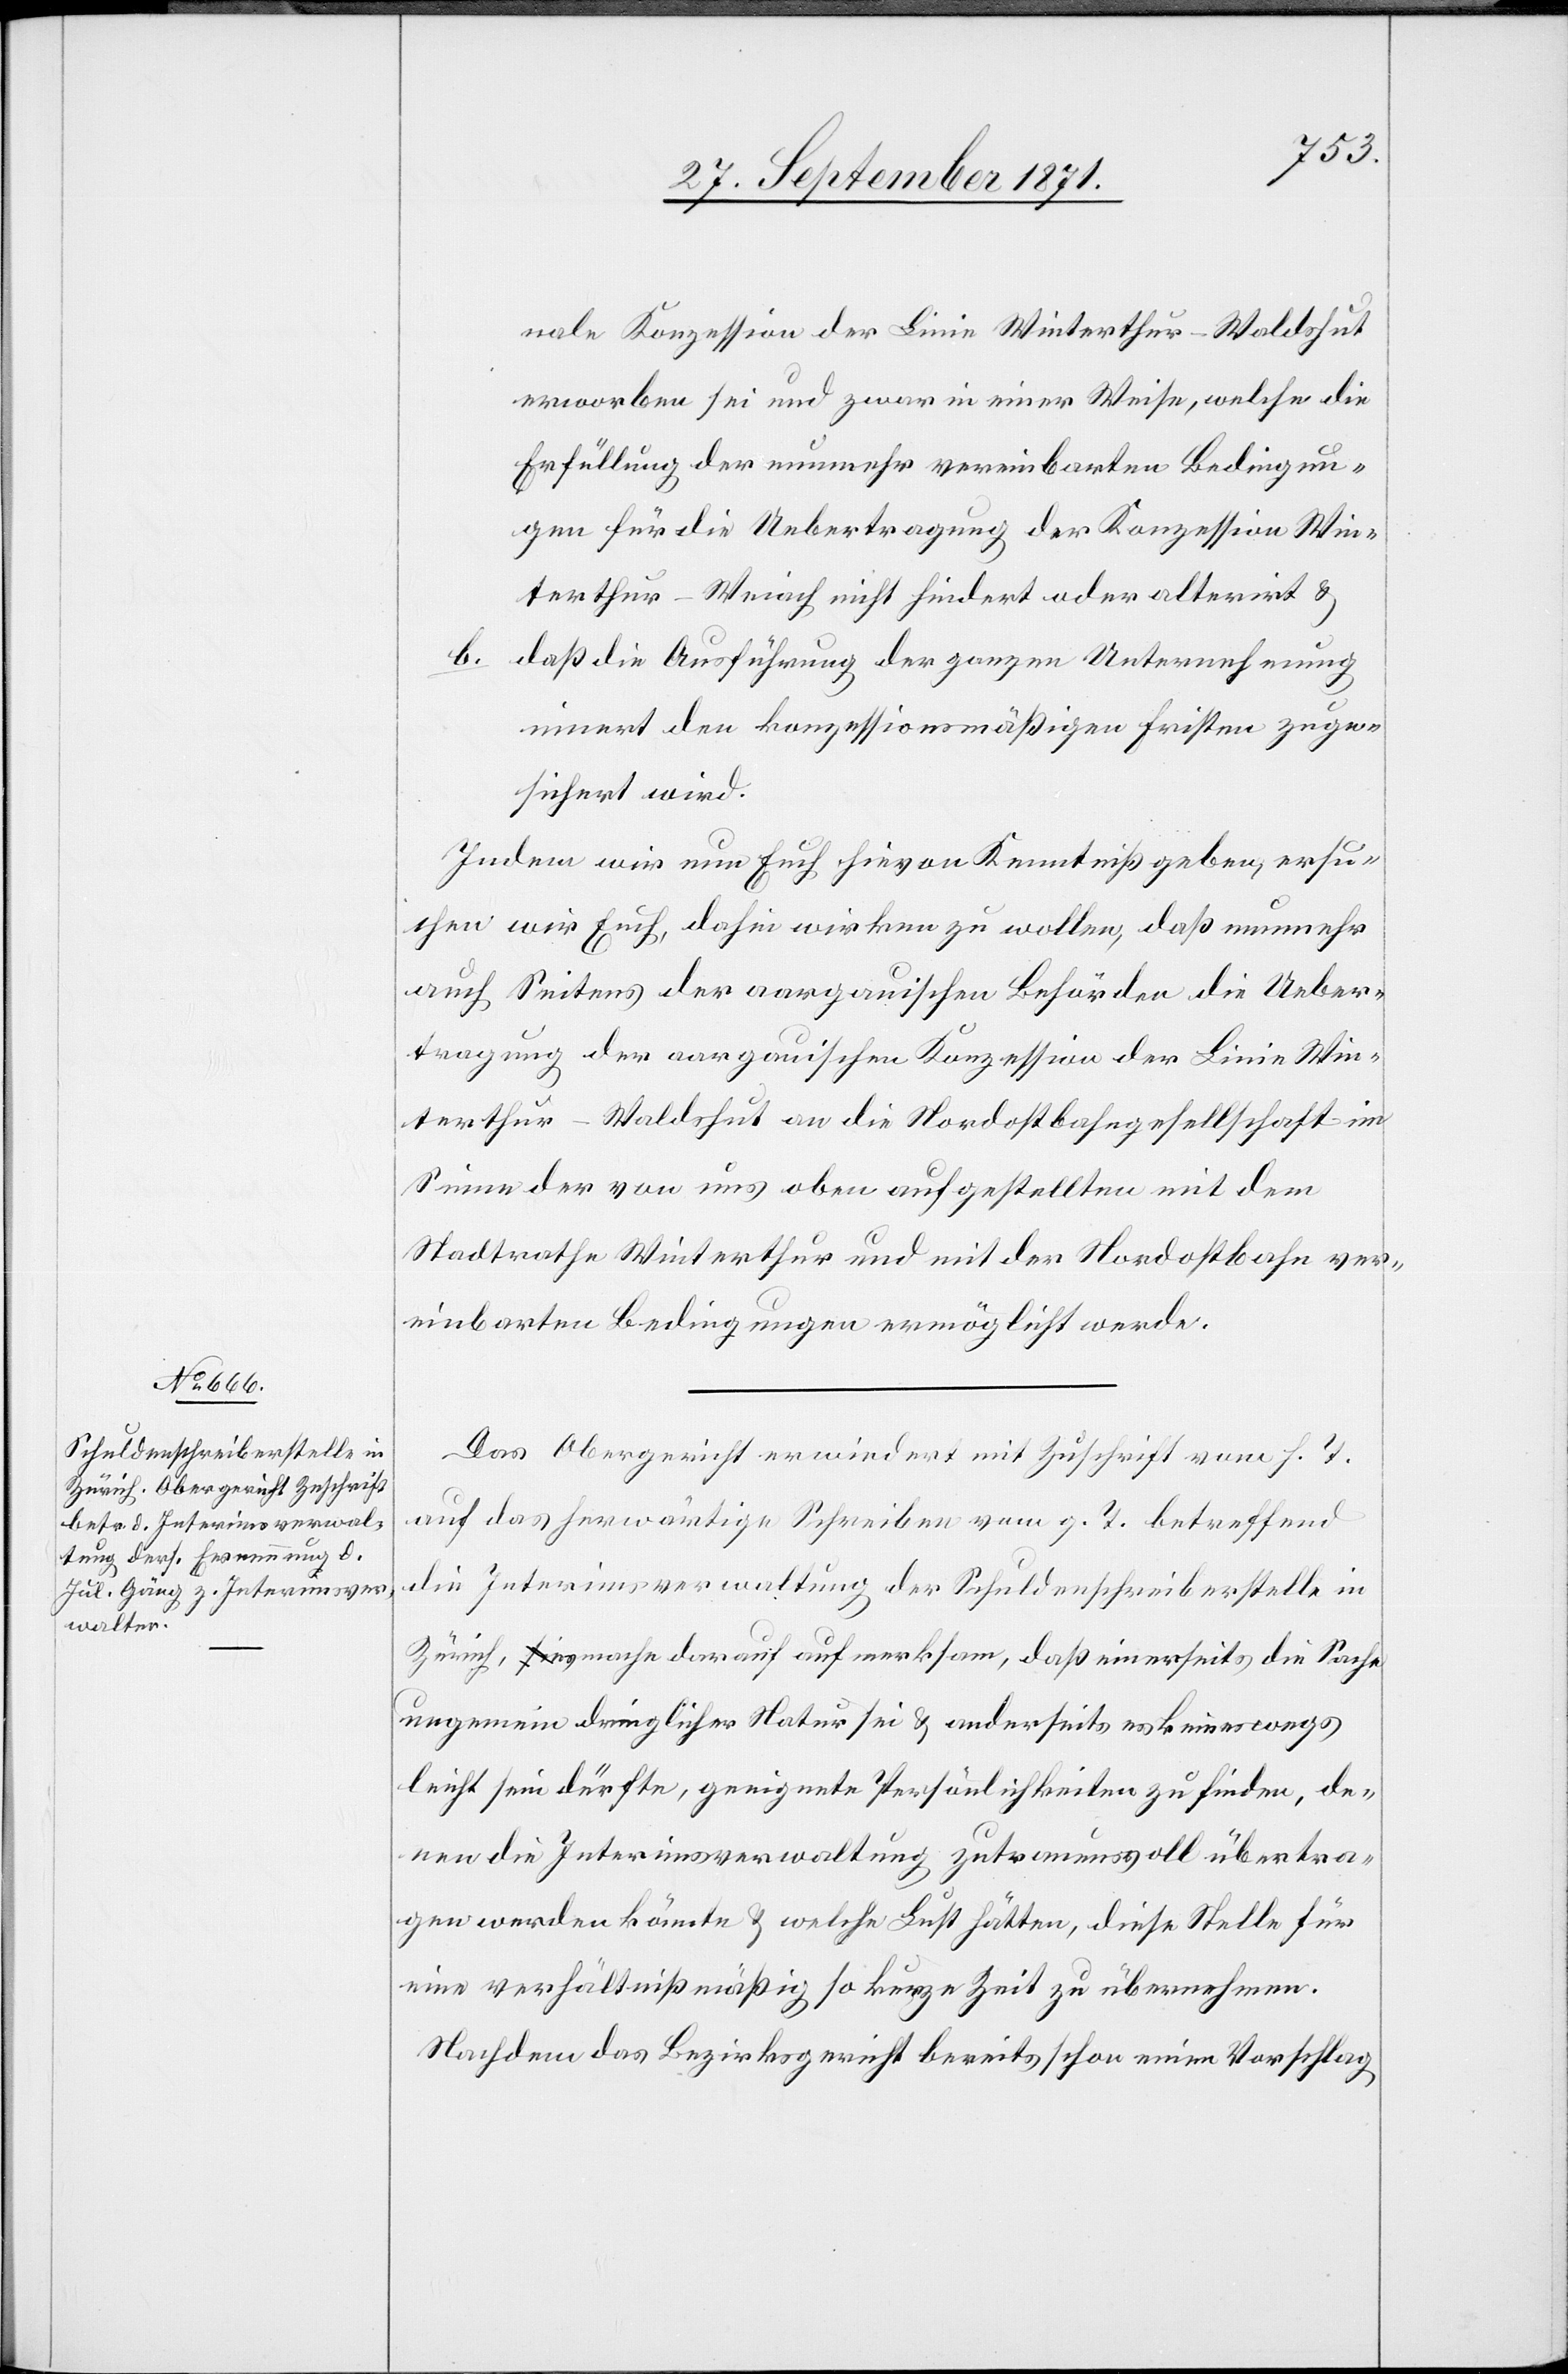
nale Konzession der Linie Winterthur–Waldshut
erworben sei und zwar in einer Weise, welche die
Erfüllung der nunmehr vereinbarten Bedingun¬
gen für die Uebertragung der Konzession Win¬
terthur–Weiach nicht hindert oder alterirt &
b. daß die Ausführung der ganzen Unternehmung
innert den konzessionsmäßigen Fristen zuge¬
sichert wird.
Indem wir nun Euch hievon Kenntniß geben, ersu¬
chen wir Euch, dahin wirken zu wollen, daß nunmehr
auch Seitens der aargauischen Behörden die Ueber¬
tragung der aargauischen Konzession der Linie Win¬
terthur–Waldshut an die Nordostbahngesellschaft im
Sinne der von uns oben aufgestellten mit dem
Stadtrathe Winterthur und mit der Nordostbahn ver¬
einbarten Bedingungen ermöglicht werde.
Das Obergericht erwiedert mit Zuschrift vom h. T.
auf das herwärtige Schreiben vom g. T. betreffend
die Interimsverwaltung der Schuldenschreiberstelle in
Zürich, es mache darauf aufmerksam, daß einerseits die Sache
ungemein dringlicher Natur sei & andererseits es keineswegs
leicht sein dürfte, geeignete Persönlichkeiten zu finden, de¬
nen die Interimsverwaltung zutrauensvoll übertra¬
gen werden könnte & welche Luft hätten, diese Stelle für
eine verhältnißmäßig so kurze Zeit zu übernehmen.
Nachdem das Bezirksgericht bereits schon einen Vorschlag